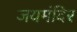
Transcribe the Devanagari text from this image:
जयमंदिर